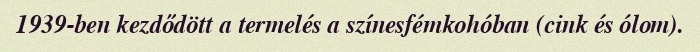
1939-ben kezdődött a termelés a színesfémkohóban (cink és ólom).